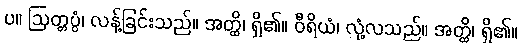
ပ။ ဩတ္တပ္ပံ၊ လန့်ခြင်းသည်။ အတ္ထိ၊ ရှိ၏။ ဝီရိယံ၊ လုံ့လသည်။ အတ္ထိ၊ ရှိ၏။